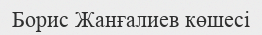
Борис Жанғалиев көшесі